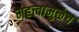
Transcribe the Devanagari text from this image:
महत्त्वामुळेच